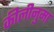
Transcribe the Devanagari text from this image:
कीलीनुमा